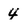
Character: 4